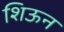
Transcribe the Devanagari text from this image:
शिऊन